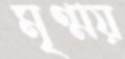
মৃণ্ময়